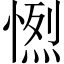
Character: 𢟏